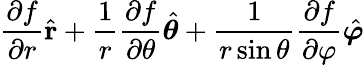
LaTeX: {\frac{\partial f}{\partial r}}{\hat{\mathbf{r}}}+{\frac{1}{r}}{\frac{\partial f}{\partial\theta}}{\hat{\boldsymbol{\theta}}}+{\frac{1}{r\sin\theta}}{\frac{\partial f}{\partial\varphi}}{\hat{\boldsymbol{\varphi}}}